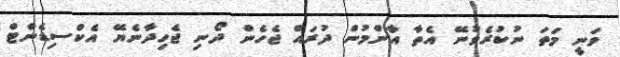
ވަނީ މަތަ ނުކުރެވުނޭ އެތާ އާންމުން ދުރައް ޖެހެން ދޯނި ޖެހިދާނެޔޭ އެކްސިޑެންޓް